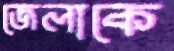
জেলাকে